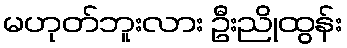
မဟုတ်ဘူးလား ဦးညိုထွန်း